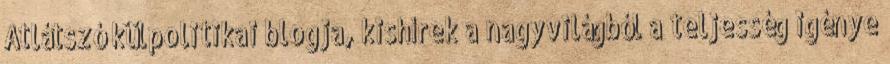
Átlátszó külpolitikai blogja, kishírek a nagyvilágból a teljesség igénye